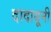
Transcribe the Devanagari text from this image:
दादाधूनी